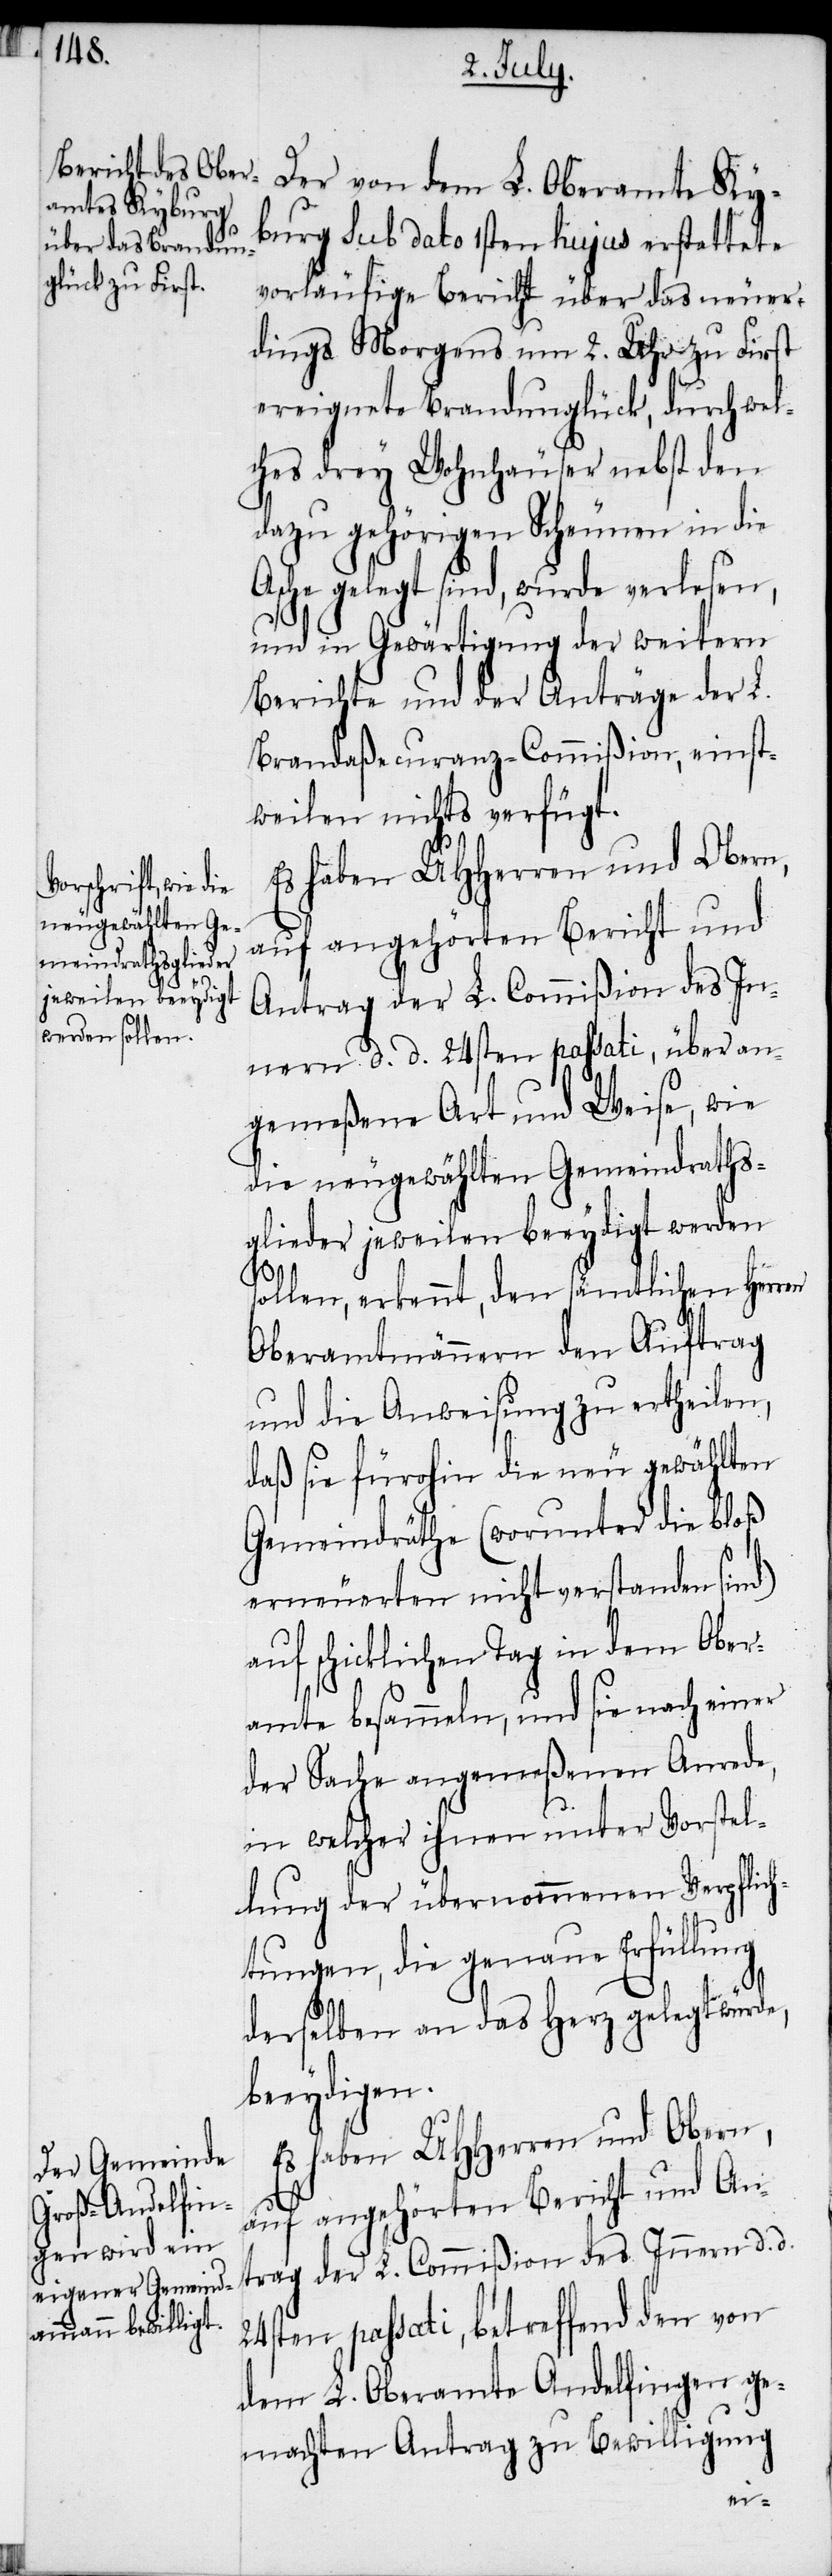
Der von dem L. Oberamte Ky¬
burg sub dato 1sten hujus erstattete
vorläufige Bericht über das neuer¬
dings Morgens um 2. Uhr zu First
ereignete Brandunglück, durch wel¬
ches drey Wohnhäuser nebst den
dazu gehörigen Scheunen in die
Asche gelegt sind, wurde verlesen,
und in Gewärtigung der weitern
Berichte und der Anträge der L.
Brandaßecuranz-Commißion, einst¬
weilen nichts verfügt.
Es haben UHHerren und Obern,
auf angehörten Bericht und
Antrag der L. Commißion des In¬
nern d. d. 24sten passati, über an¬
gemeßene Art und Weise, wie
die neugewählten Gemeindraths¬
glieder jeweilen beeydigt werden
sollen, erkennt, den sämtlichen Herren
Oberamtmännern den Auftrag
und die Anweisung zu ertheilen,
daß sie fürohin die neu gewählten
Gemeindräthe (worunter die bloß
erneuerten nicht verstanden sind)
auf schicklichen Tag in dem Ober¬
amte besammeln, und sie nach einer
der Sache angemeßenen Anrede,
in welcher ihnen unter Vorstel¬
lung der übernommenen Verpflich¬
tungen, die genaue Erfüllung
derselben an das Herz gelegt würde,
beeydigen.
Es haben UHHerren und Obern,
auf angehörten Bericht und An¬
trag der L. Commißion des Innern d. d.
24sten passati, betreffend den von
dem L. Oberamte Andelfingen ge¬
machten Antrag zu Bewilligung